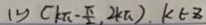
( 2 ) ( k \pi - \frac { \pi } { 2 } , 2 k \pi ) , k \in z